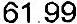
61.99